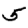
Digit: 5